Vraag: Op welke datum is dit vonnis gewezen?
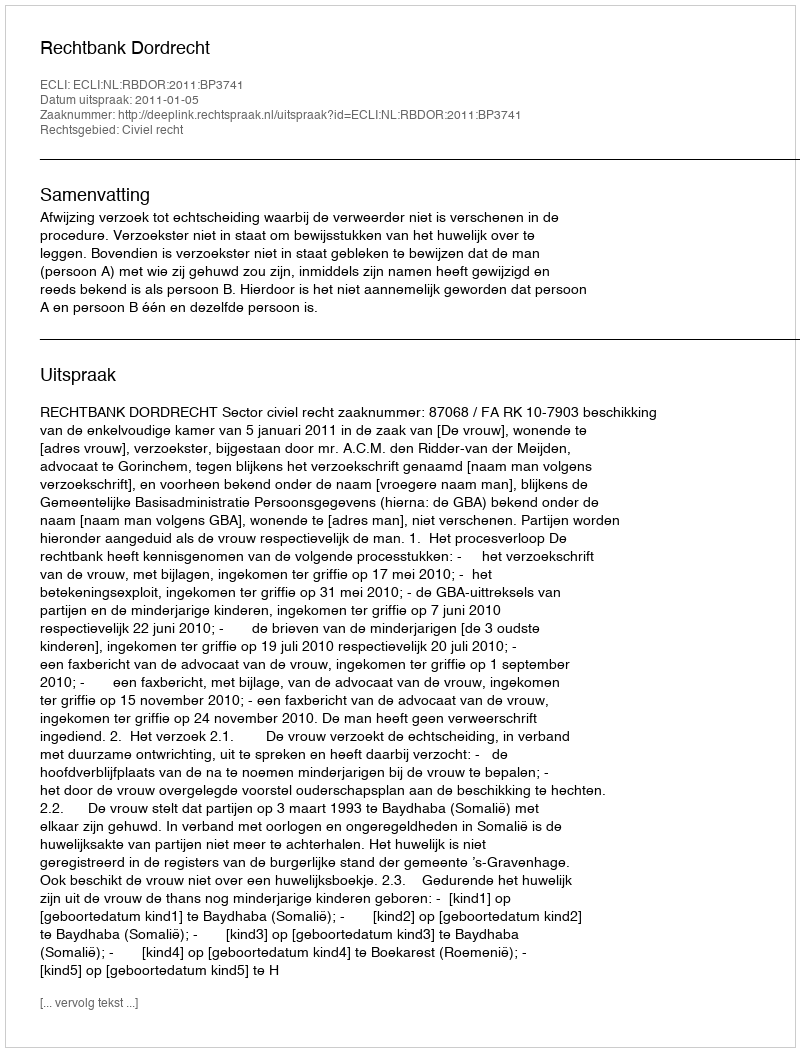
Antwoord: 2011-01-05